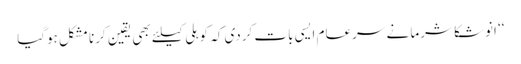
‘‘ انوشکا شرما نے سرعام ایسی بات کردی کہ کوہلی کیلئے بھی یقین کرنا مشکل ہوگیا